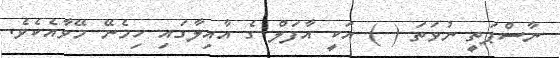
ނާސްޕަތީ ނުވަތަ ( ) އަކީ އާފަލް ގެ އާއިލާގައި ހިމެނޭ މޭވާއެކެވެ.